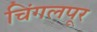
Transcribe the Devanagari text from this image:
चिंगलपूर